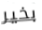
بخير